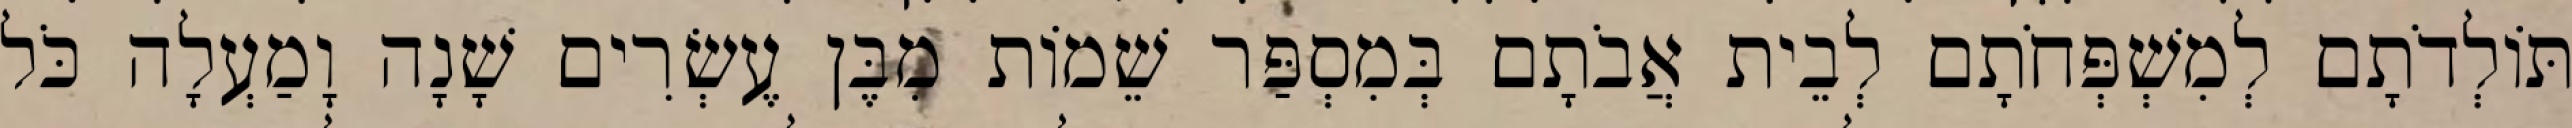
תּוֹלְדֹתָם לְמִשְׁפְּחֹתָם לְבֵית אֲבֹתָם בְּמִסְפַּר שֵׁמוֹת מִבֶּן עֶשְׂרִים שָׁנָה וָמַעְלָה כֹּל